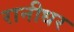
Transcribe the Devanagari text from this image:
रानीधर